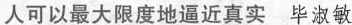
人可以最大限度地逼近真实 毕淑敏